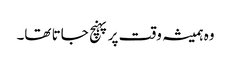
وہ ہمیشہ وقت پر پہنچ جاتا تھا۔